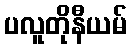
ပလူတိုနီယမ်